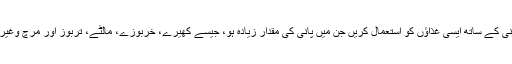
پانی کے ساتھ ایسی غذاؤں کو استعمال کریں جن میں پانی کی مقدار زیادہ ہو، جیسے کھیرے، خربوزے، مالٹے، تربوز اور مرچ وغیرہ۔